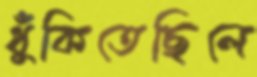
ধুঁকিতেছিলে